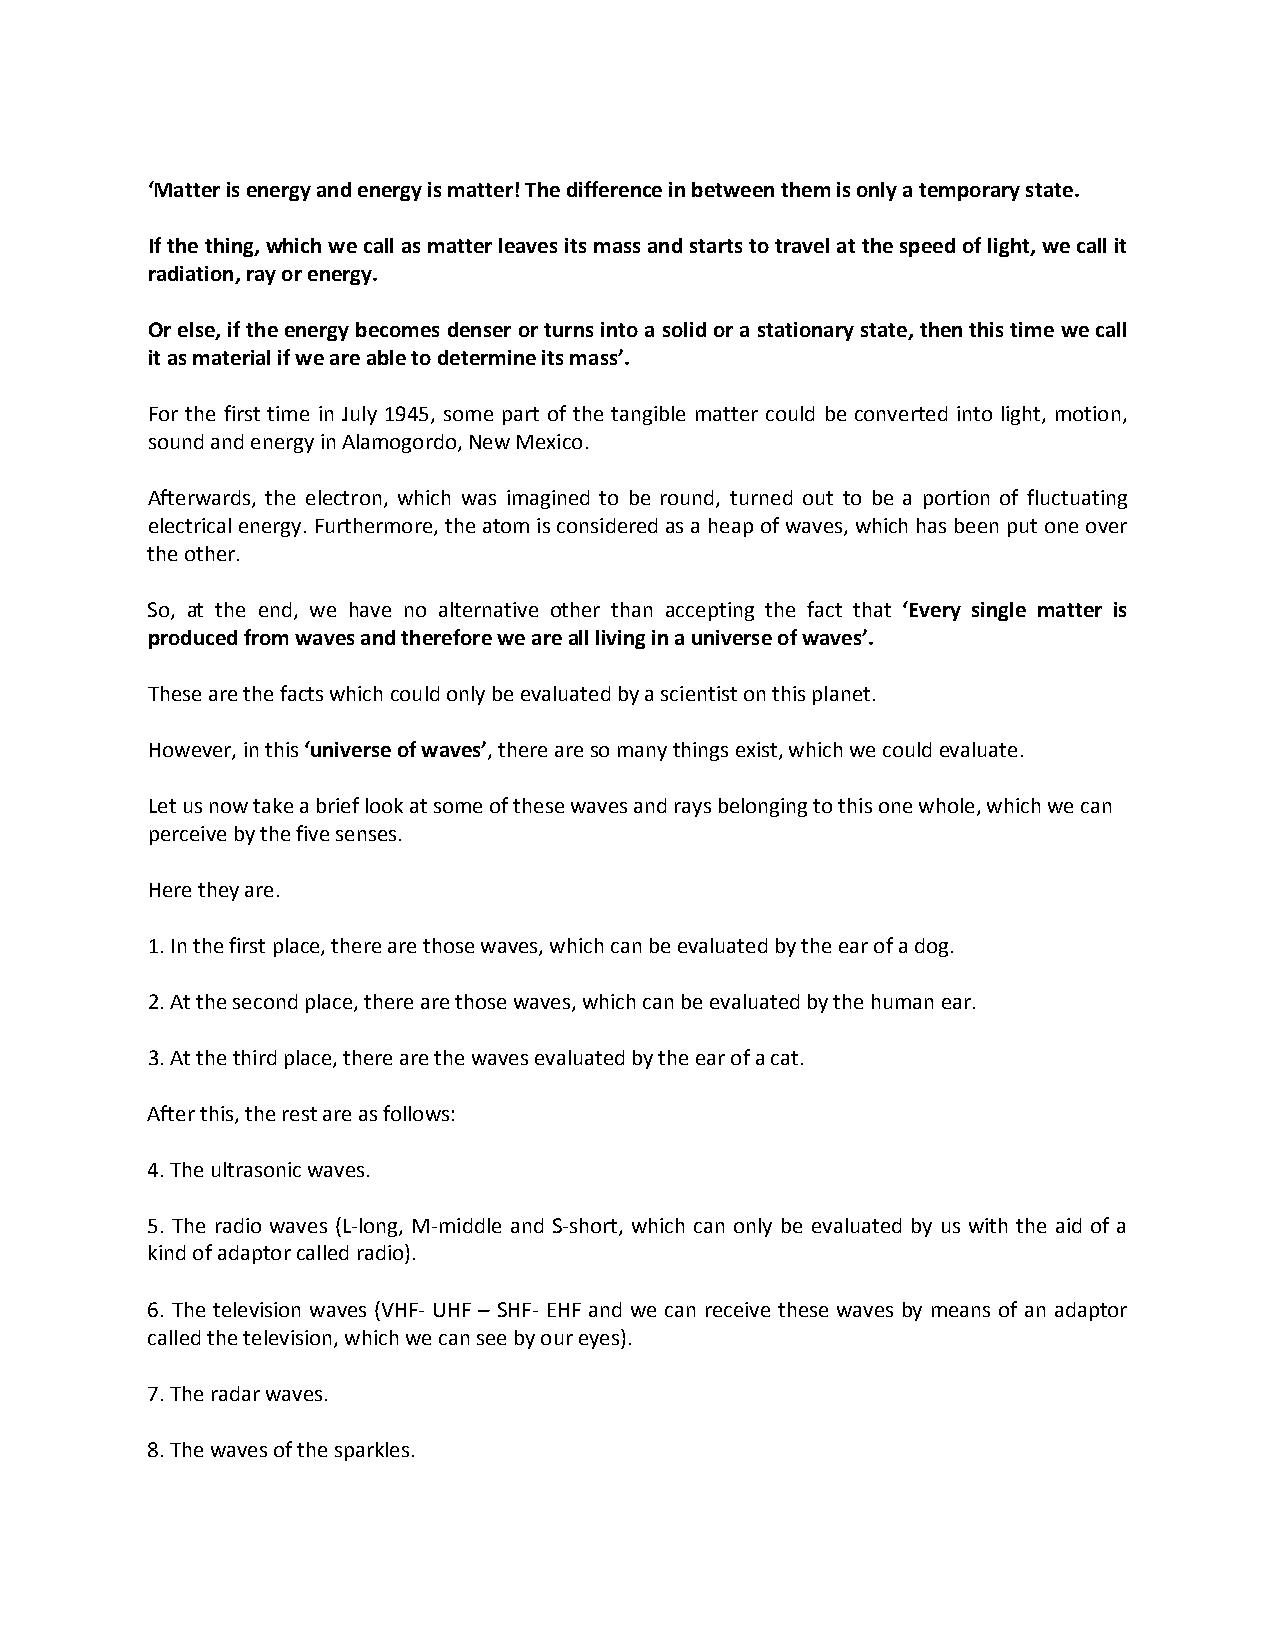
‘Matter is energy and energy is matter! The difference in between them is only a temporary state.
 If the thing, which we call as matter leaves its mass and starts to travel at the speed of light, we call it
 radiation, ray or energy.
 Or else, if the energy becomes denser or turns into a solid or a stationary state, then this time we call
 it as material if we are able to determine its mass’.
 For the first time in July 1945, some part of the tangible matter could be converted into light, motion,
 sound and energy in Alamogordo, New Mexico.
 Afterwards, the electron, which was imagined to be round, turned out to be a portion of fluctuating
 electrical energy. Furthermore, the atom is considered as a heap of waves, which has been put one over
 the other.
 So, at the end, we have no alternative other than accepting the fact that ‘Every single matter is
 produced from waves and therefore we are all living in a universe of waves’.
 These are the facts which could only be evaluated by a scientist on this planet.
 However, in this ‘universe of waves’, there are so many things exist, which we could evaluate.
 Let us now take a brief look at some of these waves and rays belonging to this one whole, which we can
 perceive by the five senses.
 Here they are.
 1. In the first place, there are those waves, which can be evaluated by the ear of a dog.
 2. At the second place, there are those waves, which can be evaluated by the human ear.
 3. At the third place, there are the waves evaluated by the ear of a cat.
 After this, the rest are as follows:
 4. The ultrasonic waves.
 5. The radio waves (L-long, M-middle and S-short, which can only be evaluated by us with the aid of a
 kind of adaptor called radio).
 6. The television waves (VHF- UHF – SHF- EHF and we can receive these waves by means of an adaptor
 called the television, which we can see by our eyes).
 7. The radar waves.
 8. The waves of the sparkles.